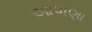
આપાણા